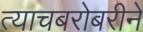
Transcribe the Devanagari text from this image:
त्याचबरोबरीने